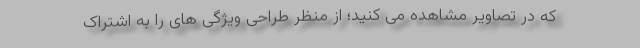
که در تصاویر مشاهده می کنید؛ از منظر طراحی ویژگی های را به اشتراک